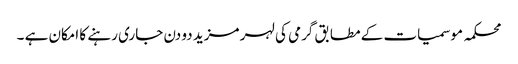
محکمہ موسمیات کے مطابق گرمی کی لہر مزید دو دن جاری رہنے کا امکان ہے ۔